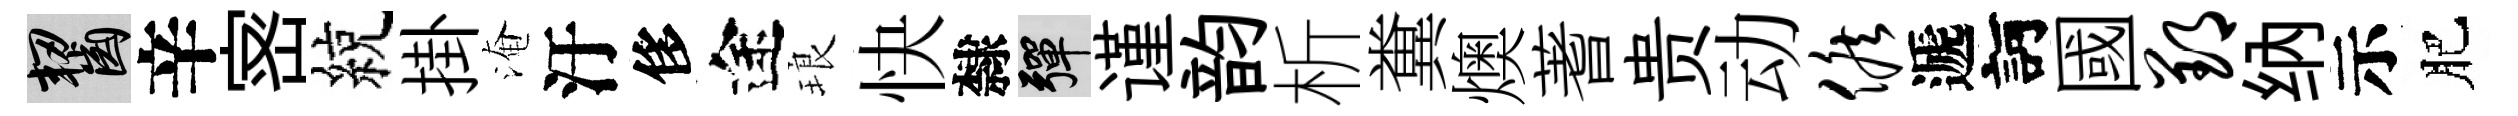
齧辛宻綂掛淹汙侈途琅快隸彈谨韵析糞燠蓍贵动候遞訶國郢纳示肥